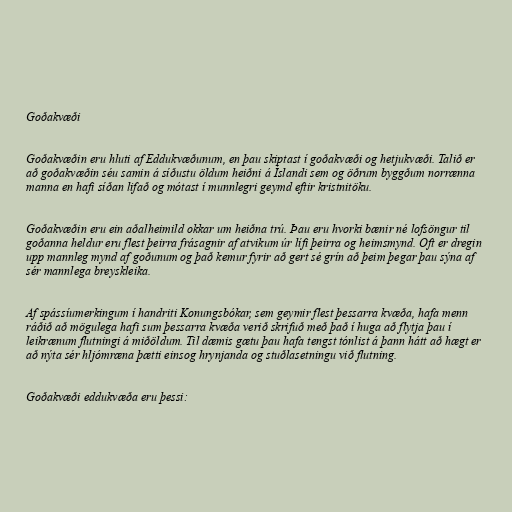
Goðakvæði

Goðakvæðin eru hluti af Eddukvæðunum, en þau skiptast í goðakvæði og hetjukvæði. Talið er
að goðakvæðin séu samin á síðustu öldum heiðni á Íslandi sem og öðrum byggðum norrænna
manna en hafi síðan lifað og mótast í munnlegri geymd eftir kristnitöku.

Goðakvæðin eru ein aðalheimild okkar um heiðna trú. Þau eru hvorki bænir né lofsöngur til
goðanna heldur eru flest þeirra frásagnir af atvikum úr lífi þeirra og heimsmynd. Oft er dregin
upp mannleg mynd af goðunum og það kemur fyrir að gert sé grín að þeim þegar þau sýna af
sér mannlega breyskleika.

Af spássíumerkingum í handriti Konungsbókar, sem geymir flest þessarra kvæða, hafa menn
ráðið að mögulega hafi sum þessarra kvæða verið skrifuð með það í huga að flytja þau í
leikrænum flutningi á miðöldum. Til dæmis gætu þau hafa tengst tónlist á þann hátt að hægt er
að nýta sér hljómræna þætti einsog hrynjanda og stuðlasetningu við flutning.

Goðakvæði eddukvæða eru þessi: